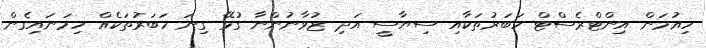
ހިއުމަން އިންޓްރެސްޓް ހަބަރުތަކާއި ސިޔާސީ އަދި ޒުވާނުންނާ ގުޅޭ ގިނަ ހަބަރުތަކެއް ހިމަނައިގެން